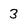
Character: 3